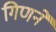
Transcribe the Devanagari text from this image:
गिणने